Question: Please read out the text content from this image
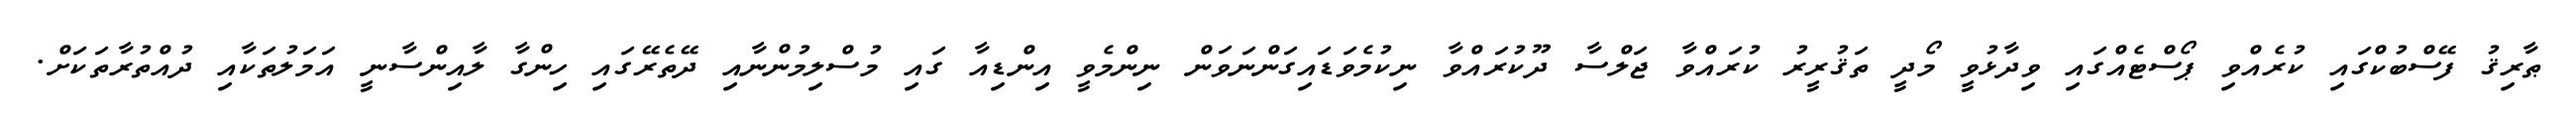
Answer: ޠާރިޤު ފޭސްބުކްގައި ކުރެއްވި ޕޯސްޓެއްގައި ވިދާޅުވީ މޯދީ ތަޤުރީރު ކުރައްވާ ޖަލްސާ ދޫކުރައްވާ ނިކުމެވަޑައިގަންނަވަން ނިންމެވީ އިންޑިއާ ގައި މުސްލިމުންނާއި ދޭތެރޭގައި ހިންގާ ލާއިންސާނީ އަމަލުތަކާއި ދުއްތުރާތަކަށް.